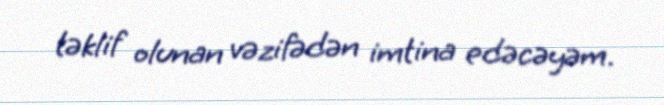
təklif olunan vəzifədən imtina edəcəyəm.